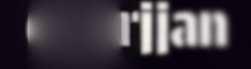
doarjjan